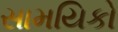
સામયિકો